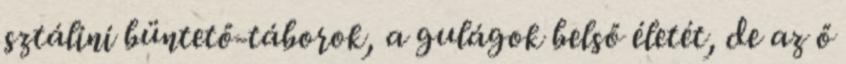
sztálini büntető-táborok, a gulágok belső életét, de az ő